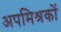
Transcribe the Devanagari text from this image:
अपमिश्रकों